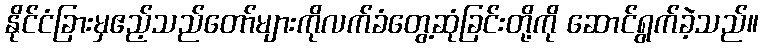
နိုင်ငံခြားမှဧည့်သည်တော်များကိုလက်ခံတွေ့ဆုံခြင်းတို့ကို ဆောင်ရွက်ခဲ့သည်။